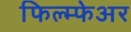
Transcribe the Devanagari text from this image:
फिल्म्फेअर